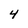
Character: 4